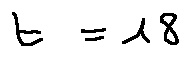
t = 1 8